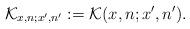
LaTeX: \begin{align*}{\cal K}_{x,n;x',n'}:={\cal K}(x,n;x',n').\end{align*}